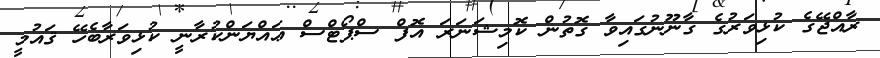
ރާއްޖޭގެ ކުޅިވަރުގެ ގާނޫނުގައިވާ ގޮތުން ކޮމިޝަނަރަ އޮފް ސްޕޯޓްސް ޢައްޔަންކުރާނީ ކުޅިވަރާބެހޭ ޤައުމީ